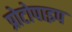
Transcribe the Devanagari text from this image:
प्रोटोपाइप